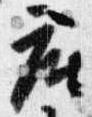
座